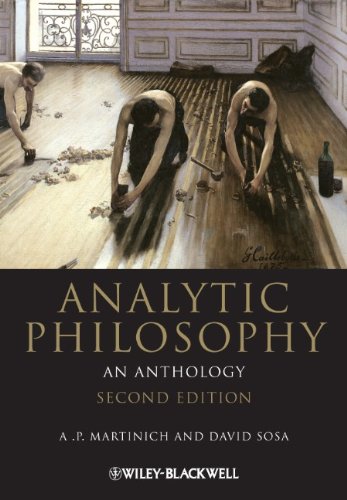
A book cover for Analytic Philosophy: An Anthology; Politics & Social Sciences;